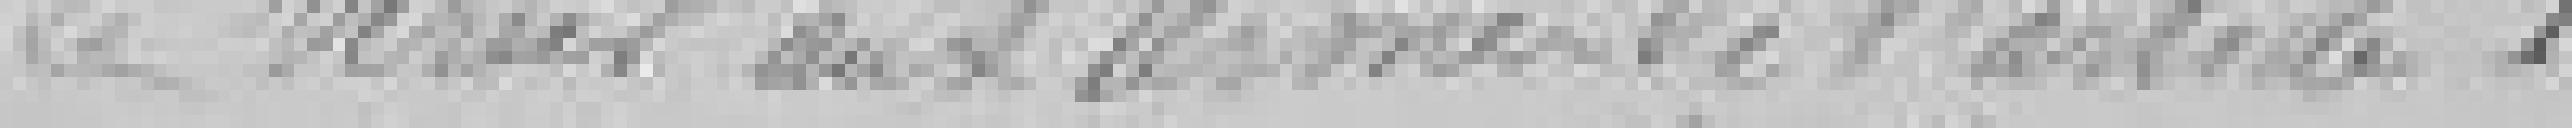
verser aux termes de l'article 1.